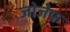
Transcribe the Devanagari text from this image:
जोजेफ़